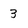
Character: 3